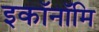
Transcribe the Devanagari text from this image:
इकॉनॉमि